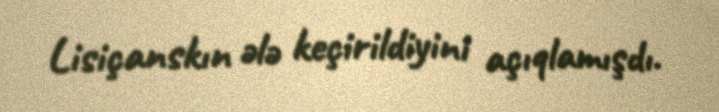
Lisiçanskın ələ keçirildiyini açıqlamışdı.